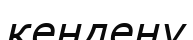
кендену